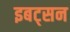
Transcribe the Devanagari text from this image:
इबट्सन